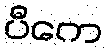
ပီကေ